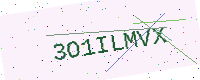
Text: 3O1ILMVX